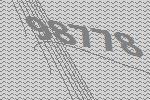
98778